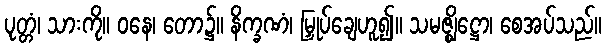
ပုတ္တံ၊ သားကို။ ဝနေ၊ တော၌။ နိက္ခဏံ၊ မြှုပ်ချေဟူ၍။ သမဇ္ဈိဋ္ဌော၊ စေအပ်သည်။